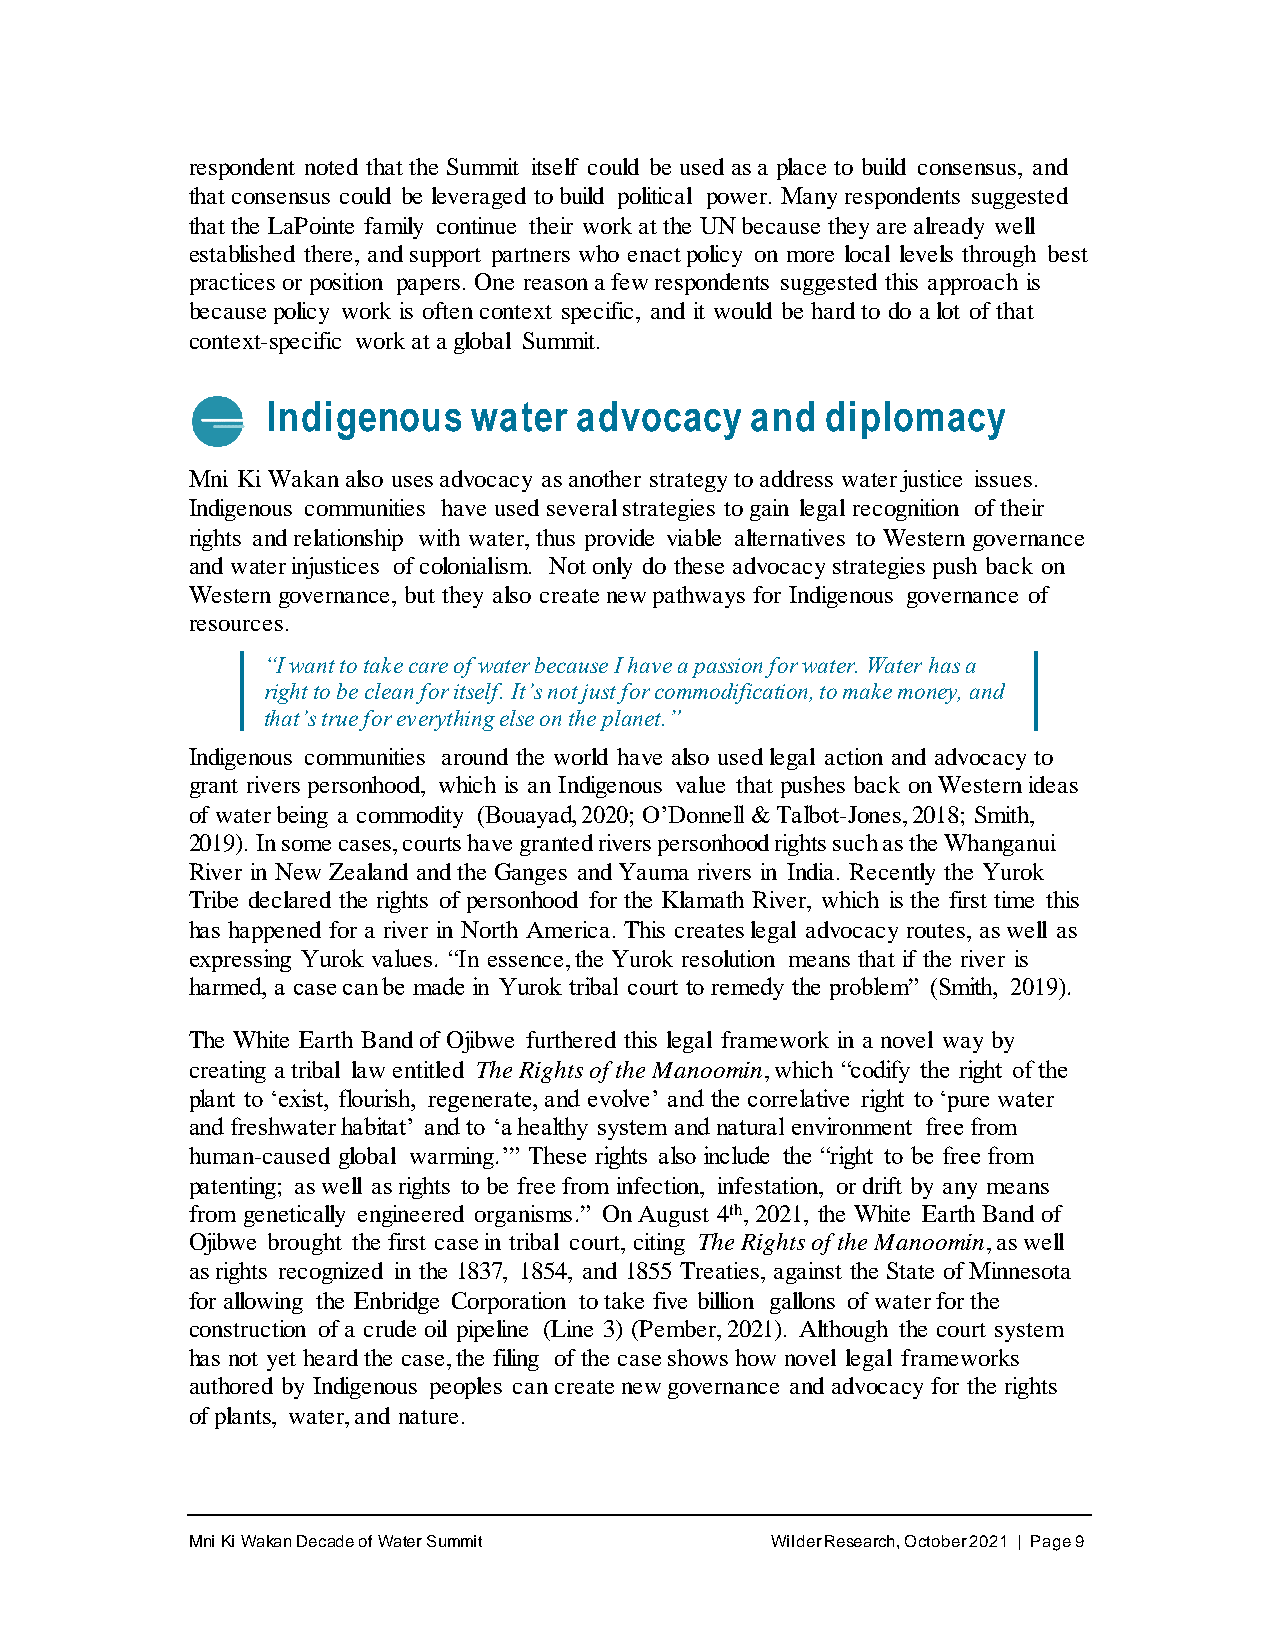
respondent noted that the Summit itself could be used as a place to build consensus, and
 that consensus could be leveraged to build political power. Many respondents suggested
 that the LaPointe family continue their work at the UN because they are already well
 established there, and support partners who enact policy on more local levels through best
 practices or position papers. One reason a few respondents suggested this approach is
 because policy work is often context specific, and it would be hard to do a lot of that
 context-specific work at a global Summit.
 Indigenous   water  advocacy    and  diplomacy
 Mni Ki Wakan also uses advocacy as another strategy to address water justice issues.
 Indigenous communities have used several strategies to gain legal recognition of their
 rights and relationship with water, thus provide viable alternatives to Western governance
 and water injustices of colonialism. Not only do these advocacy strategies push back on
 Western governance, but they also create new pathways for Indigenous governance of
 resources.
 “I want to take care of water because I have a passion for water. Water has a
 right to be clean for itself. It’s not just for commodification, to make money, and
 that’s true for everything else on the planet.”
 Indigenous communities around the world have also used legal action and advocacy to
 grant rivers personhood, which is an Indigenous value that pushes back on Western ideas
 of water being a commodity (Bouayad, 2020; O’Donnell & Talbot-Jones, 2018; Smith,
 2019). In some cases, courts have granted rivers personhood rights such as the Whanganui
 River in New Zealand and the Ganges and Yauma rivers in India. Recently the Yurok
 Tribe declared the rights of personhood for the Klamath River, which is the first time this
 has happened for a river in North America. This creates legal advocacy routes, as well as
 expressing Yurok values. “In essence, the Yurok resolution means that if the river is
 harmed, a case can be made in Yurok tribal court to remedy the problem” (Smith, 2019).
 The White Earth Band of Ojibwe furthered this legal framework in a novel way by
 creating a tribal law entitled The Rights of the Manoomin, which “codify the right of the
 plant to ‘exist, flourish, regenerate, and evolve’ and the correlative right to ‘pure water
 and freshwater habitat’ and to ‘a healthy system and natural environment free from
 human-caused global warming.’” These rights also include the “right to be free from
 patenting; as well as rights to be free from infection, infestation, or drift by any means
 from genetically engineered organisms.” On August 4th, 2021, the White Earth Band of
 Ojibwe brought the first case in tribal court, citing The Rights of the Manoomin, as well
 as rights recognized in the 1837, 1854, and 1855 Treaties, against the State of Minnesota
 for allowing the Enbridge Corporation to take five billion gallons of water for the
 construction of a crude oil pipeline (Line 3) (Pember, 2021). Although the court system
 has not yet heard the case, the filing of the case shows how novel legal frameworks
 authored by Indigenous peoples can create new governance and advocacy for the rights
 of plants, water, and nature.
 Mni Ki Wakan Decade of Water Summit    Wilder Research, October 2021 | Page 9